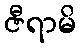
ဇီရာမိ